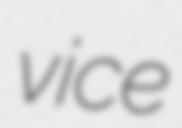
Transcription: vice